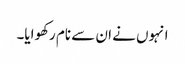
انہوں نے ان سے نام رکھوایا۔